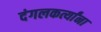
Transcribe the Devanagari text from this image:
दंगलकर्त्यांना